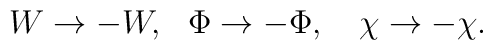
W \rightarrow - W, ~~ \Phi  \rightarrow - \Phi,~~~ \chi \rightarrow -\chi.